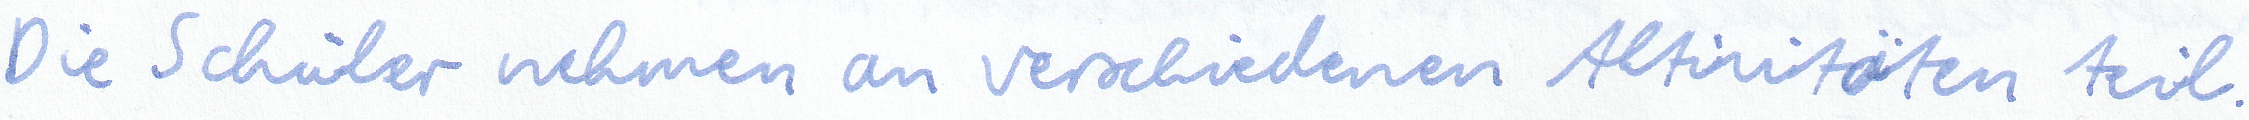
Die Schüler nehmen an verschiedenen Aktivitäten teil.